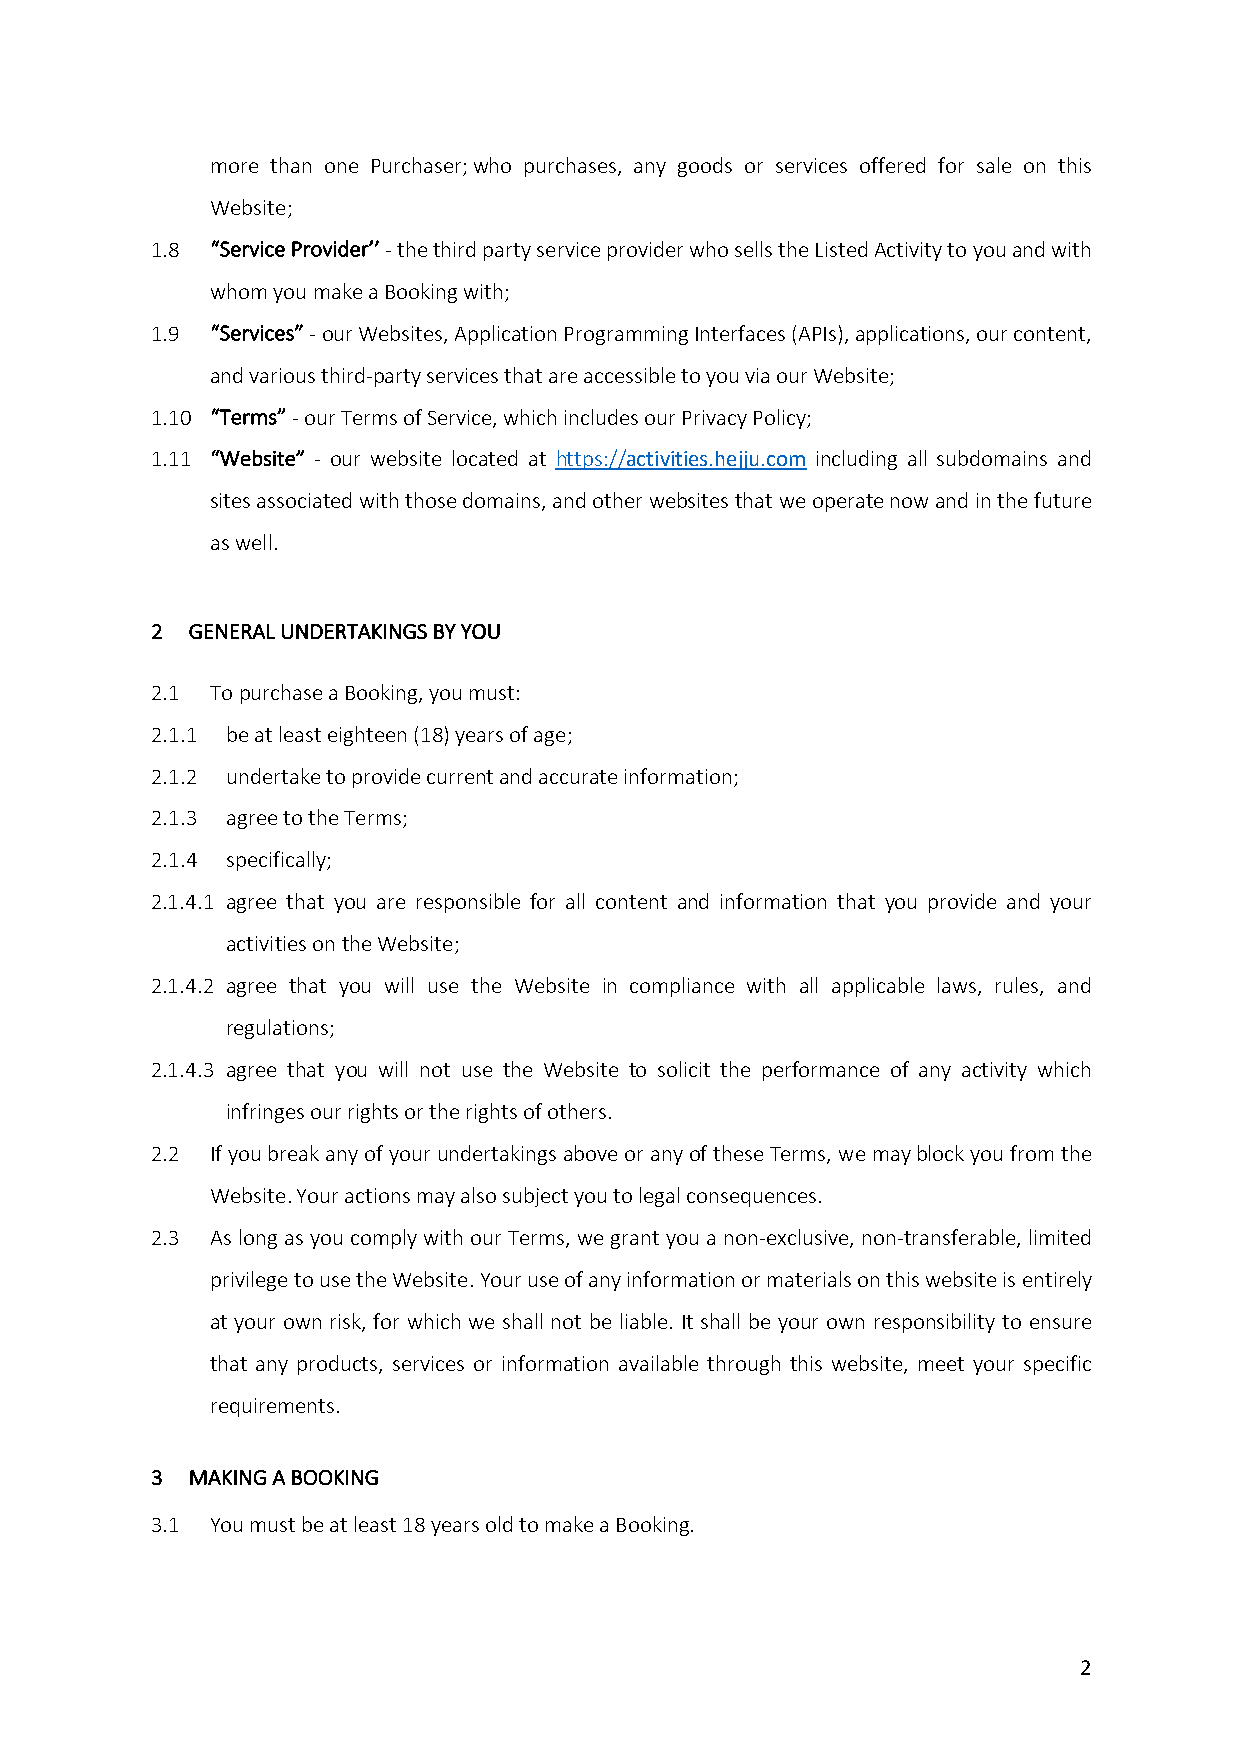
more than one Purchaser; who purchases, any goods or services offered for sale on this
 Website;
 1.8 “Service Provider’’ - the third party service provider who sells the Listed Activity to you and with
 whom you make a Booking with;
 1.9 “Services” - our Websites, Application Programming Interfaces (APIs), applications, our content,
 and various third-party services that are accessible to you via our Website;
 1.10 “Terms” - our Terms of Service, which includes our Privacy Policy;
 1.11 “Website” - our website located at https://activities.hejju.com including all subdomains and
 sites associated with those domains, and other websites that we operate now and in the future
 as well.
 2 GENERAL UNDERTAKINGS BY YOU
 2.1 To purchase a Booking, you must:
 2.1.1 be at least eighteen (18) years of age;
 2.1.2 undertake to provide current and accurate information;
 2.1.3 agree to the Terms;
 2.1.4 specifically;
 2.1.4.1 agree that you are responsible for all content and information that you provide and your
 activities on the Website;
 2.1.4.2 agree that you will use the Website in compliance with all applicable laws, rules, and
 regulations;
 2.1.4.3 agree that you will not use the Website to solicit the performance of any activity which
 infringes our rights or the rights of others.
 2.2 If you break any of your undertakings above or any of these Terms, we may block you from the
 Website. Your actions may also subject you to legal consequences.
 2.3 As long as you comply with our Terms, we grant you a non-exclusive, non-transferable, limited
 privilege to use the Website. Your use of any information or materials on this website is entirely
 at your own risk, for which we shall not be liable. It shall be your own responsibility to ensure
 that any products, services or information available through this website, meet your specific
 requirements.
 3 MAKING A BOOKING
 3.1 You must be at least 18 years old to make a Booking.
 2